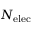
N _ { \mathrm { e l e c } }